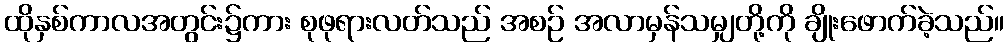
ထိုနှစ်ကာလအတွင်း၌ကား စုဖုရားလတ်သည် အစဉ် အလာမှန်သမျှတို့ကို ချိုးဖောက်ခဲ့သည်။